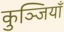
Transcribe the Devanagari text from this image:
कुञ्जियाँ